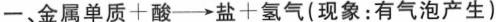
一、金属单质+酸→盐+氢气(现象：有气泡产生)